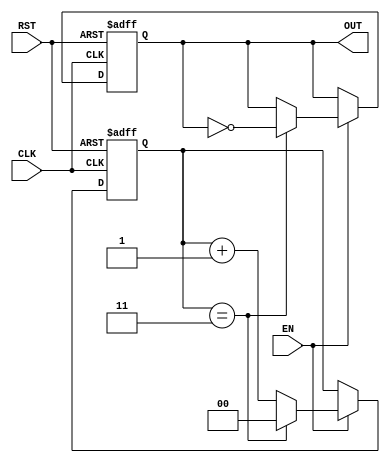
module FrequencyDividerCounter #(
    parameter N = 4  // Division factor (default value)
)(
    input wire CLK,   // Clock input
    input wire RST,   // Asynchronous reset
    input wire EN,    // Enable signal
    output reg OUT    // Output signal
);

    reg [$clog2(N)-1:0] counter; // Counter to hold the current count

    always @(posedge CLK or posedge RST) begin
        if (RST) begin
            counter <= 0; // Reset counter to 0
            OUT <= 0;     // Reset output to 0
        end else if (EN) begin
            if (counter == N-1) begin
                counter <= 0; // Reset counter
                OUT <= ~OUT;   // Toggle output
            end else begin
                counter <= counter + 1; // Increment counter
            end
        end
    end

endmodule